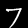
Label: 7